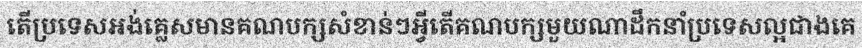
តើប្រទេសអង់គ្លេសមានគណបក្សសំខាន់ៗអ្វីតើគណបក្សមួយណាដឹកនាំប្រទេសល្អជាងគេ